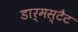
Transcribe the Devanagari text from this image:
डार्मस्टैट